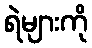
ရဲများကို